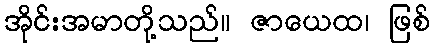
အိုင်းအမာတို့သည်။ ဇာယေထ၊ ဖြစ်